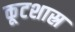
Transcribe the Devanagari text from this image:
कूटशास्र